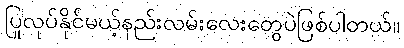
ပြုလုပ်နိုင်မယ့်နည်းလမ်းလေးတွေပဲဖြစ်ပါတယ်။